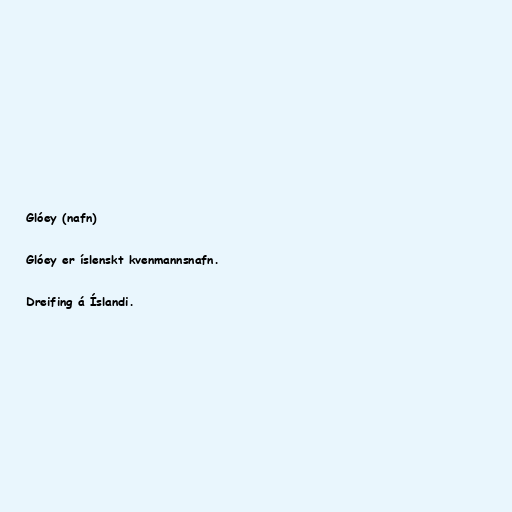
Glóey (nafn)

Glóey er íslenskt kvenmannsnafn.

Dreifing á Íslandi.